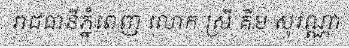
រាជធានីភ្នំពេញ លោក ស្រី គឹម សុវណ្ណា